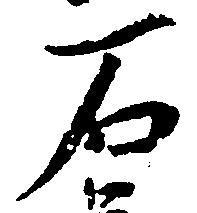
石